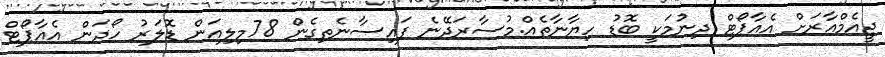
ޖީއެމްއާރަށް އެއާޕޯޓް ދިނުމަކީ ބޮޑު ހިޔާނާތެއް.މުސާރަދޭނެ ފައިސާނެތިގެން 78މިލިއަން ޑޮލަރު ހޯދަން އެއާޕޯޓް